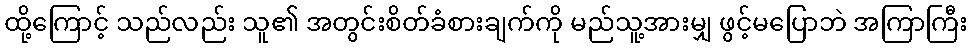
ထို့ကြောင့် သည်လည်း သူ၏ အတွင်းစိတ်ခံစားချက်ကို မည်သူ့အားမျှ ဖွင့်မပြောဘဲ အကြာကြီး